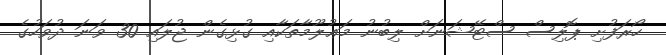
ހޯރަފުށި ޕޮލިސް ސްޓޭޝަނަށް ލިބުނު މަޢުލޫމާތަކާއި ގުޅިގެން ޖުލައި 30 ވަނަ ދުވަހުގެ